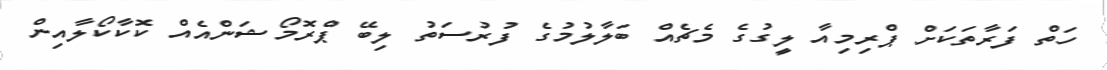
ހަތް ފަރާތަކަށް ޕްރިމިއާ ލީގުގެ މެޗެއް ބަލާލުމުގެ ފުރުސަތު ލިބޭ ޕްރޮމޯޝަންއެއް ކޮކާކޯލާއިން